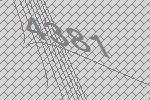
4381